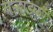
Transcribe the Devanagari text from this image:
वऱ्हाडकर